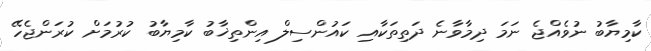
ކާމިޔާބު ނުވެއްޖެ ނަމަ ދިމާވާނެ ދަތިތަކާއި ކައުންސިލް އިންތިޚާބު ކާމިޔާބު ކުރުމަށް ކުރަންޖެހޭ